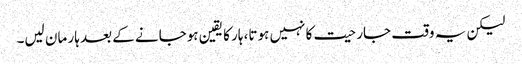
لیکن یہ وقت جارحیت کا نہیں ہوتا، ہار کا یقین ہوجانے کے بعد ہار مان لیں۔